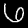
Digit: 6